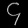
Digit: ၄